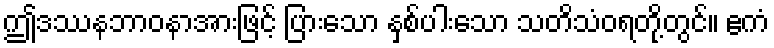
ဤဒဿနဘာဝနာအားဖြင့် ပြားသော နှစ်ပါးသော သတိသံဝရတို့တွင်။ ဧကံ